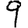
Digit: 9